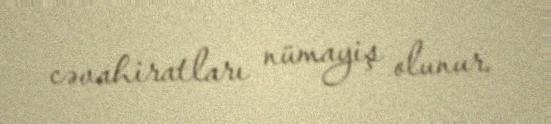
cəvahiratları nümayiş olunur.